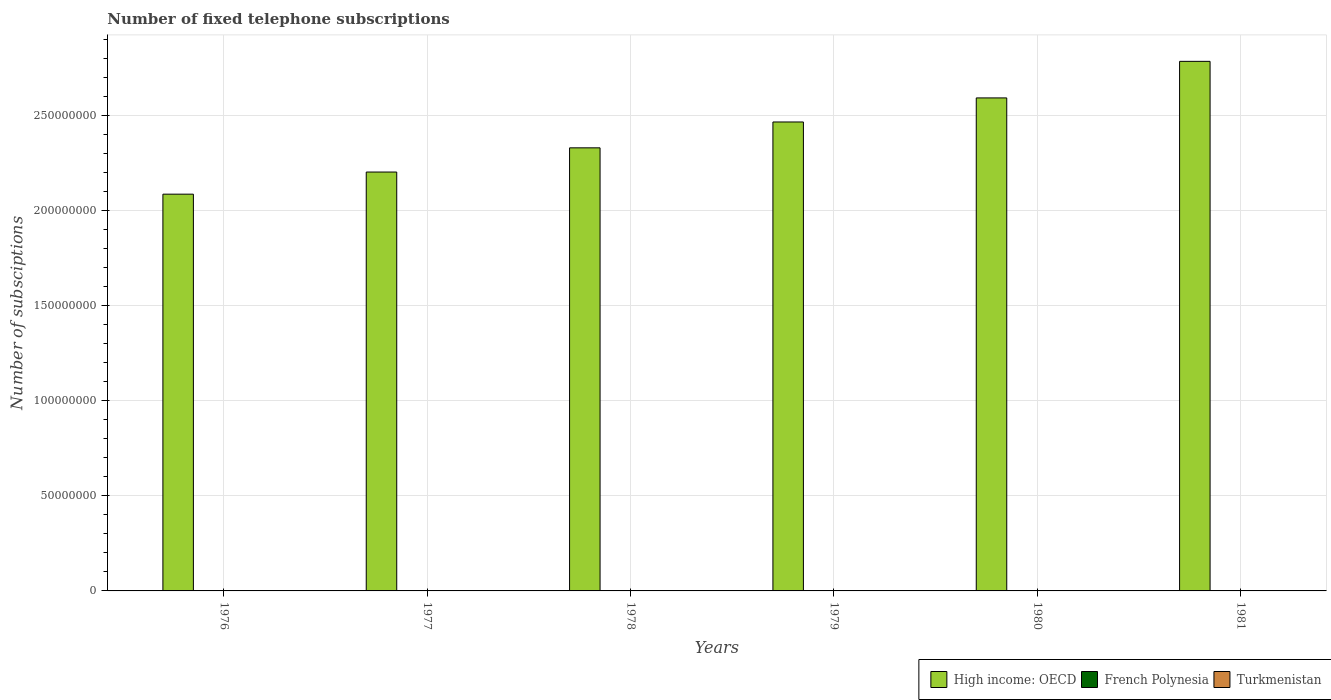
| Years | High income: OECD | French Polynesia | Turkmenistan |
 | --- | --- | --- | --- |
 | 1976 | 2.09e+08 | 8e+03 | 7e+04 |
 | 1977 | 2.2e+08 | 9e+03 | 8e+04 |
 | 1978 | 2.33e+08 | 1e+04 | 9e+04 |
 | 1979 | 2.47e+08 | 1.1e+04 | 1e+05 |
 | 1980 | 2.59e+08 | 1.25e+04 | 1.1e+05 |
 | 1981 | 2.79e+08 | 1.32e+04 | 1.2e+05 |